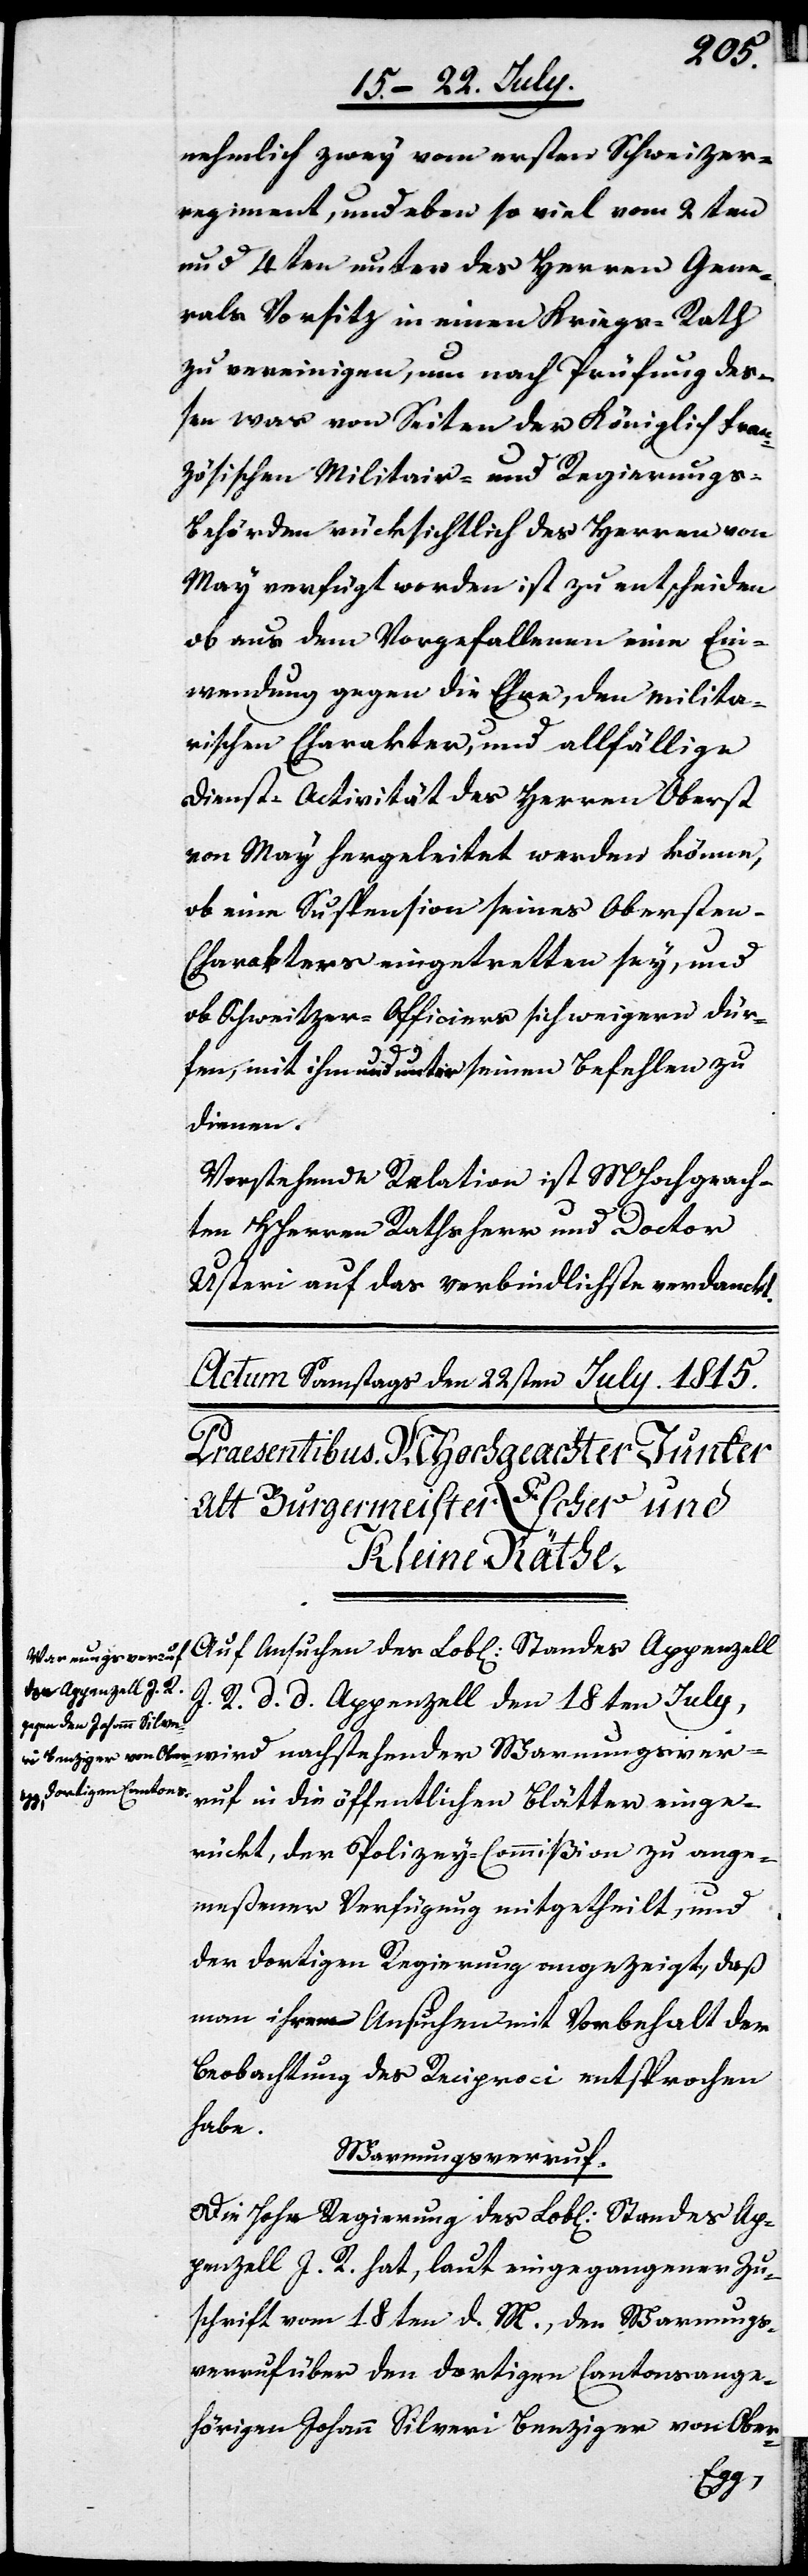
nehmlich zwey vom ersten Schweizer-R¬
egiment, und aber so viel vom 2ten
und 4ten unter des Herren Gene¬
rals Vorsitz in einen Kriegs-Rath
zu vereinigen, um nach Prüfung deß¬
en war von Seiten der Königlich Fran¬
zösischen Militair- und Regierungs¬
behörden rücksichtlich des Herren von
May verfügt worden ist zu entscheiden
ob aus dem Vorgefallenen eine Ein¬
wendung gegen die Ehre, den milita¬
rsichen Charakter, und allfällige
Dienst-Activität des Herren Oberst
von May hergeleitet werden könne,
ob eine Suspension seines Obersten-C¬
harakters eingetretten sey, und
ob Schweitzer-Officiers sich weigern dür¬
fen, mit ihm und unter seinen Befehlen zu
dienen.
Vorstehende Relation ist MHochgeach¬
ten HHerren Rathsherr und Doctor
Usteri auf das Verbindlichste verdanckt.
Ansuchen des Lobl.
des Appenzell I.
R. d. d. Appenzell den 18ten July,
wird nachstehender Warnungsver¬
ruf in die öffentlichen Blätter einge¬
rückt, der Polizey-Commißion zu ange¬
meßener Verfügung mitgetheilt, und
der dortigen Regierung angezeigt, daß
man ihrem Ansuchen mit Vorbehalt der
Beobachtung des Reciproci entsprochen
habe.
Warnungsverruf.
Die Hohe Regierung des Lobl. Standes Ap¬
penzell I. R. hat, laut eingegangener Zu¬
schrift vom 18ten d. M., den Warnungs¬
verruf über den dortigen Cantonsange¬
hörigen Johann Silveri Benziger von Ober-
Stan¬